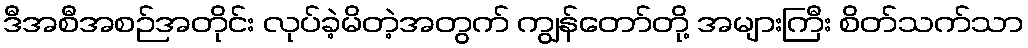
ဒီအစီအစဉ်အတိုင်း လုပ်ခဲ့မိတဲ့အတွက် ကျွန်တော်တို့ အများကြီး စိတ်သက်သာ